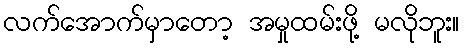
လက်အောက်မှာတော့ အမှုထမ်းဖို့ မလိုဘူး။